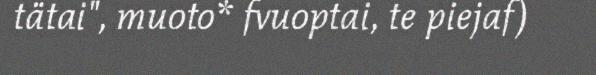
tätai", muoto* fvuoptai, te piejaf)